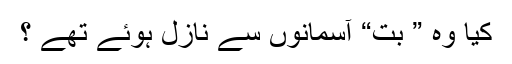
کیا وہ ” بت“ آسمانوں سے نازل ہوئے تھے ؟